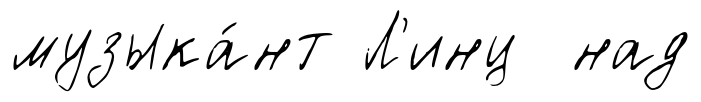
музыка́нт Л'инц над